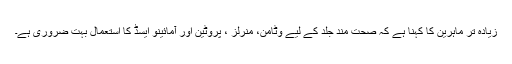
زیادہ تر ماہرین کا کہنا ہے کہ صحت مند جلد کے لیے وٹامن، منرلز ، پروٹین اور آمائینو ایسڈ کا استعمال بہت ضروری ہے۔